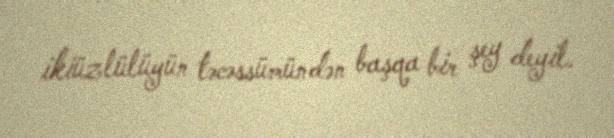
ikiüzlülüyün təcəssümündən başqa bir şey deyil.